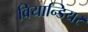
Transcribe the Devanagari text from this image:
वियान्डियर